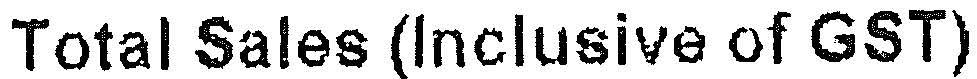
TOTAL SALES (INCLUSIVE OF GST)